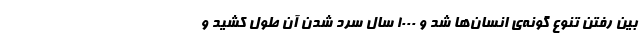
بین رفتن تنوع گونه‌ی انسان‌ها شد و ۱۰۰۰ سال سرد شدن آن طول کشید و